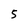
Character: 5